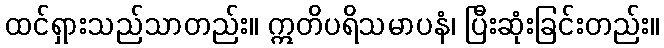
ထင်ရှားသည်သာတည်း။ ဣတိပရိသမာပနံ၊ ပြီးဆုံးခြင်းတည်း။